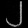
Digit: ၂